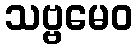
သဗ္ဗမေဝ